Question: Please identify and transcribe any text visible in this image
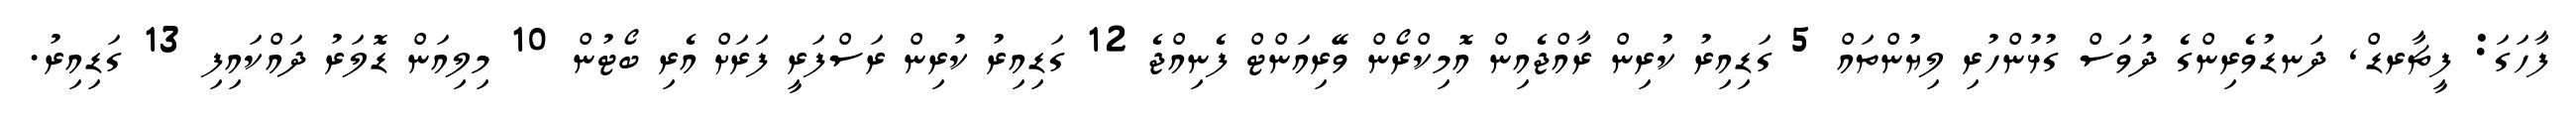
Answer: ފާހަގަ: ފީޗާރޑް, ދަނޑުވެރިންގެ ދުވަސް ގުޅުންހުރި ލިޔުންތައް 5 ގަޑިއިރު ކުރިން ރާއްޖެއިން އޮމިކްރޯން ވޭރިއަންޓް ފެނިއްޖެ 12 ގަޑިއިރު ކުރިން ރަސްފަރީ ފަރަށް އެރި ބޯޓުން 10 މިލިއަން ޑޮލަރު ދައްކައިފި 13 ގަޑިއިރު.